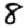
Digit: 8